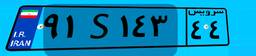
۹۱S۱۴۳۴۴